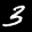
Label: 3